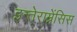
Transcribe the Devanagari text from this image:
इन्तेराम्नेंसिस